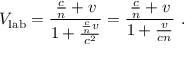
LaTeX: V _ { \mathrm { l a b } } = { \frac { { \frac { c } { n } } + v } { 1 + { \frac { { \frac { c } { n } } v } { c ^ { 2 } } } } } = { \frac { { \frac { c } { n } } + v } { 1 + { \frac { v } { c n } } } } \ .